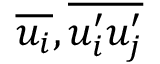
\overline { { u _ { i } } } , \overline { { u _ { i } ^ { \prime } u _ { j } ^ { \prime } } }